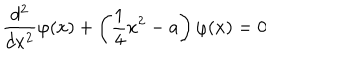
\frac { d ^ { 2 } } { d x ^ { 2 } } \varphi ( x ) + \left( \frac { 1 } { 4 } x ^ { 2 } - a \right) \varphi ( x ) = 0